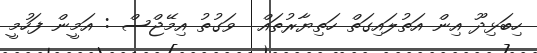
ހިބަޅިދޫ އިން އަތުލައިގަތް ހަތިޔާރުތައް  ވަގުތު އިމޭޖްސް : އަމީން ފަހުމީ